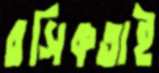
রসিকতাই